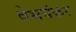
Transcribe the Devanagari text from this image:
वेभयंकर